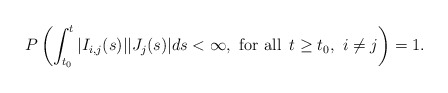
\begin{align*}P\left( \int_{t_{0}} ^{t} |I_{i,j}(s)||J_{j}(s)| ds <\infty,\,\, \hbox{for all} \,\,\, t\ge t_{0}, \,\, i\not =j \right) =1.\end{align*}